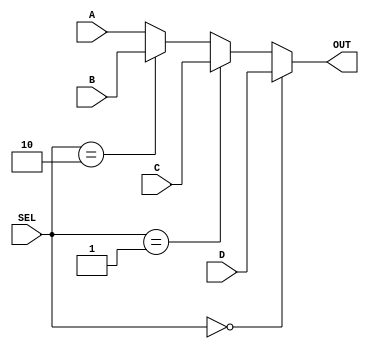
`timescale 1ns / 1ps 
//////////////////////////////////////////////////////////////////////////////////
// Company:
// Engineer:
//
// Design Name:
// Module Name:    select4to1
// Project Name:
// Target Devices:
// Tool versions:
// Description:
//
// Dependencies:
//
// Revision:
// Revision 0.01 - File Created
// Additional Comments:
//
//////////////////////////////////////////////////////////////////////////////////
module select4to1(
           SEL,
           A,
           B,
           C,
           D,
           OUT
       );
parameter N = 233; //
input [1: 0] SEL;
input [N - 1 : 0] A;
input [N - 1 : 0] B;
input [N - 1 : 0] C;
input [N - 1 : 0] D;
output [N - 1 : 0] OUT;

assign OUT = (SEL == 2'b00) ? D : (SEL == 2'b01) ? C : (SEL == 2'b10) ? B : A;
endmodule